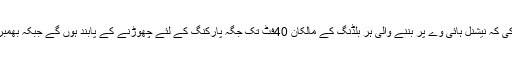
اس موقع پر خطاب کرتے ہوئے ڈی سی او لیاقت علی چٹھہ نے ہدایت کی کہ نیشنل ہائی وے پر بننے والی ہر بلڈنگ کے مالکان 40فٹ تک جگہ پارکنگ کے لئے چھوڑنے کے پابند ہوں گے جبکہ بھمبر روڈ رپر بننے والی عمارت کے مالکان کو15فٹ جگہ چھوڑنا ہوگی۔